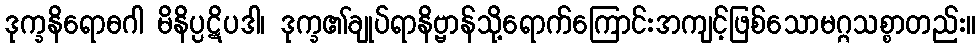
ဒုက္ခနိရောဓဂါ မိနိပ္ပဋိပဒါ၊ ဒုက္ခ၏ချုပ်ရာနိဗ္ဗာန်သို့ရောက်ကြောင်းအကျင့်ဖြစ်သောမဂ္ဂသစ္စာတည်း။